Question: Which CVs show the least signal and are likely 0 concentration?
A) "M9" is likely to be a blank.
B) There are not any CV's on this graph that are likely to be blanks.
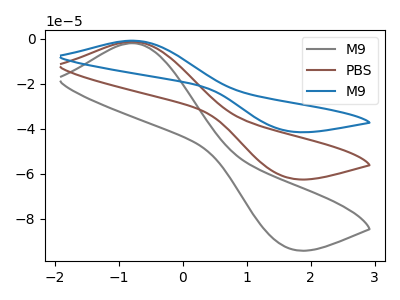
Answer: <think>The gray curve "M9" has an anodic peak at (-0.80V, -2.00uA) and a cathodic peak at (1.65V, -93.00uA). The brown curve "PBS" has an anodic peak at (-0.80V, -1.30uA) and a cathodic peak at (1.65V, -61.80uA). The blue curve "M9" has an anodic peak at (-0.80V, -2.65uA) and a cathodic peak at (1.65V, -123.60uA).</think>
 <answer>B) There are not any CV's on this graph that are likely to be blanks.</answer>
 <eval>B</eval>